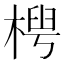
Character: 𬃤